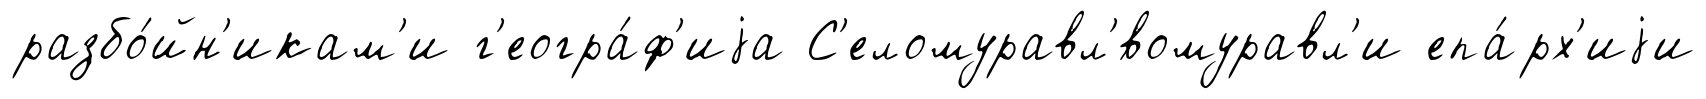
разбо́йн'икам'и г'еогра́ф'иjа С'еломуравл'́вомуравл'и епа́рх'иjи